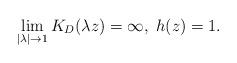
LaTeX: \begin{align*}\lim_{|\lambda|\to 1}K_D(\lambda z)=\infty,\; h(z)=1.\end{align*}